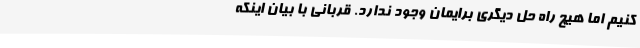
کنیم اما هیچ راه حل دیگری برایمان وجود ندارد. قربانی با بیان اینکه